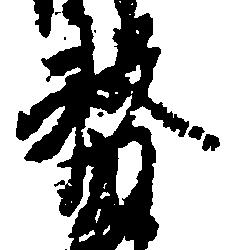
務